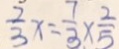
\frac { 2 } { 3 } x = \frac { 7 } { 3 } \times \frac { 2 } { 5 }